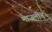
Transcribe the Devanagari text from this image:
माजलीत